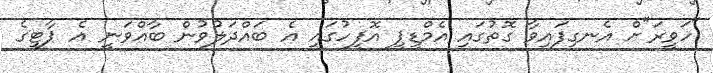
"ހަވީރަ"ށް އެނގިފައިވާ ގޮތުގައި އެމްޑީޕީ އޮފީހުގައި އެ ބައްދަލުވުން ބާއްވަނީ އެ ޕާޓީގެ